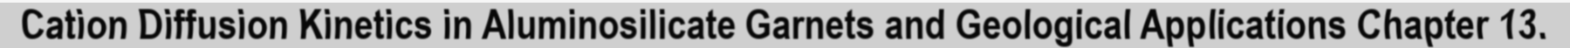
Cation Diffusion Kinetics in Aluminosilicate Garnets and Geological Applications Chapter 13.